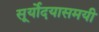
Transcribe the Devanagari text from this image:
सूर्योदयासमयी